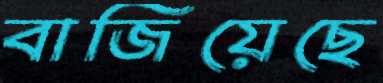
বাজিয়েছে